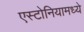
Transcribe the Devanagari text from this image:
एस्टोनियामध्ये